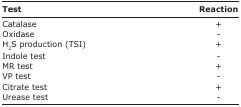
| Test | Reaction |
 | --- | --- |
 | Catalase | + |
 | Oxidase | - |
 | H2S production (TSI) | + |
 | Indole test | - |
 | MR test | + |
 | VP test | - |
 | Citrate test | + |
 | Urease test | - |